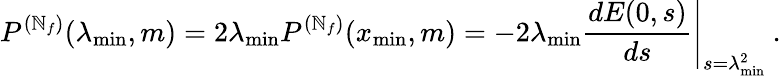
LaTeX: P^{(\mathbb{N}_{f})}(\lambda_{\mathrm{{min}}},m)=2\lambda_{\mathrm{{min}}}P^{(\mathbb{N}_{f})}(x_{\mathrm{{min}}},m)=-2\lambda_{\mathrm{{min}}}\left.\frac{{dE(0,s)}}{{ds}}\right|_{s=\lambda_{\mathrm{{min}}}^{2}}\: .